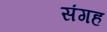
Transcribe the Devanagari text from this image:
संगह